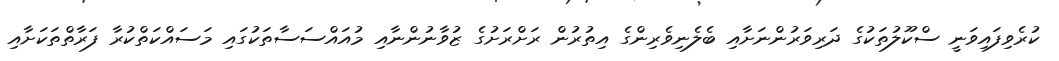
ކުރެވިފައިވަނީ ސްކޫލުތަކުގެ ދަރިވަރުންނަށާއި ބެލެނިވެރިންގެ އިތުރުން ރަށްރަށުގެ ޒުވާނުންނާއި މުއައްސަސާތަކުގައި މަސައްކަތްކުރާ ފަރާތްތަކަށާއި